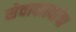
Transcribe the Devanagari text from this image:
सेवादात्यांचा